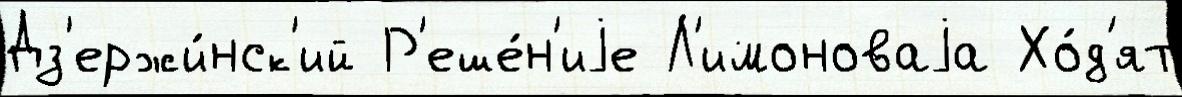
Дз'ержи́нск'ий Р'еше́н'иjе Л'имоноваjа Хо́д'ят